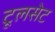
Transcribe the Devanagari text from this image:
टूलसेट